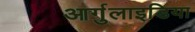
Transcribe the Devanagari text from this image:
आर्गुलाइडिया